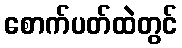
စောက်ပတ်ထဲတွင်